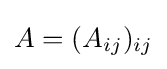
A=(A_{ij})_{ij}